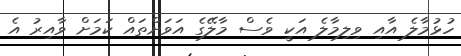
ހުޅުމާލެ އާއި ވިލިމާލެ އަކީ ވެސް މާލޭގެ އަވަށްތައް ކަމަށް ވާއިރު އެ